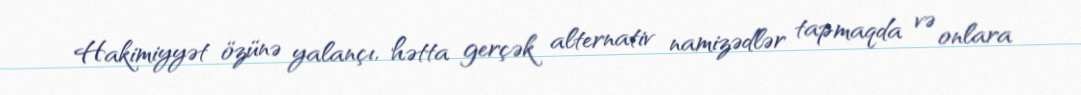
Hakimiyyət özünə yalançı, hətta gerçək alternativ namizədlər tapmaqda və onlara